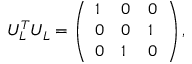
U _ { L } ^ { T } U _ { L } = \left( \begin{array} { l l l } { { 1 } } & { { 0 } } & { { 0 } } \\ { { 0 } } & { { 0 } } & { { 1 } } \\ { { 0 } } & { { 1 } } & { { 0 } } \end{array} \right) ,